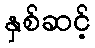
နှစ်ဆင့်